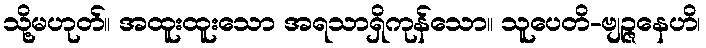
သို့မဟုတ်။ အထူးထူးသော အရသာရှိကုန်သော။ သူပေတိ-ဗျဉ္ဇနေဟိ၊